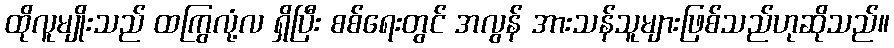
ထိုလူမျိုးသည် ထကြွလုံ့လ ရှိပြီး စစ်ရေးတွင် အလွန် အားသန်သူများဖြစ်သည်ဟုဆိုသည်။